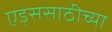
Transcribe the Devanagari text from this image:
एड्ससाठीच्या